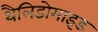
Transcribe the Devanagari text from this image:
थैलिडोमाइड